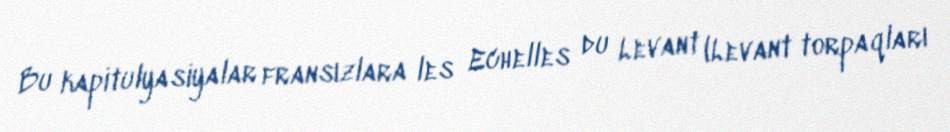
Bu kapitulyasiyalar fransızlara les Echelles du Levant (Levant torpaqları